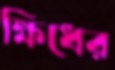
ক্ষিধের